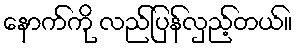
နောက်ကို လည်ပြန်လှည့်တယ်။